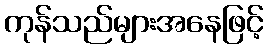
ကုန်သည်များအနေဖြင့်